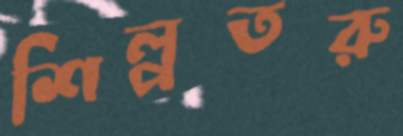
শিল্পতরু